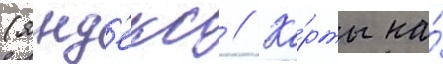
(янд'екс // Ка́рты на́